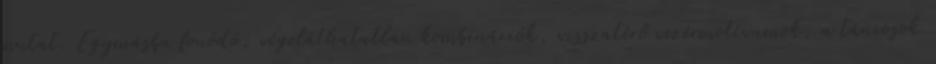
mutat. Egymásba fonódó, végeláthatatlan kombinációk, visszatérő vezérmotívumok, a táncosok